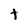
Character: t